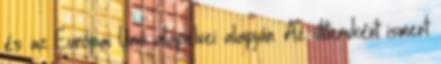
és az Európai Unió alapelvei alapján. Az útitervként ismert